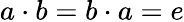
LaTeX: a\cdot b=b\cdot a=e